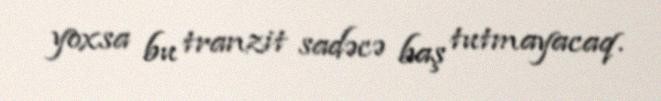
yoxsa bu tranzit sadəcə baş tutmayacaq.